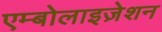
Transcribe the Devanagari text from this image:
एम्बोलाइज़ेशन